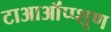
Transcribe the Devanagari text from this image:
टाआऑंप्प्शूण